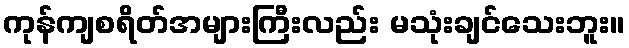
ကုန်ကျစရိတ်အများကြီးလည်း မသုံးချင်သေးဘူး။